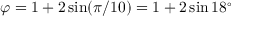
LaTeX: \varphi = 1 + 2 \sin ( \pi / 1 0 ) = 1 + 2 \sin 1 8 ^ { \circ }